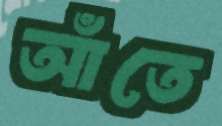
আঁতে